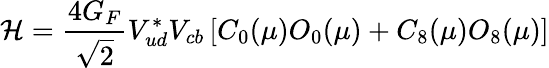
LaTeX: {\cal H}={\frac{4G_{F}}{\sqrt 2}}V_{ud}^{*}V_{cb}\left[C_{0}(\mu)O_{0}(\mu)+C_{8}(\mu)O_{8}(\mu)\right]